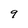
Character: 9